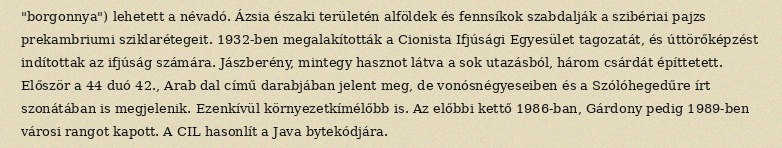
"borgonnya") lehetett a névadó. Ázsia északi területén alföldek és fennsíkok szabdalják a szibériai pajzs prekambriumi sziklarétegeit. 1932-ben megalakították a Cionista Ifjúsági Egyesület tagozatát, és úttörőképzést indítottak az ifjúság számára. Jászberény, mintegy hasznot látva a sok utazásból, három csárdát építtetett. Először a 44 duó 42., Arab dal című darabjában jelent meg, de vonósnégyeseiben és a Szólóhegedűre írt szonátában is megjelenik. Ezenkívül környezetkímélőbb is. Az előbbi kettő 1986-ban, Gárdony pedig 1989-ben városi rangot kapott. A CIL hasonlít a Java bytekódjára.